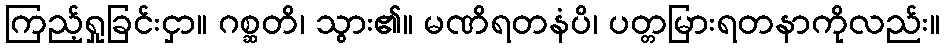
ကြည့်ရှုခြင်းငှာ။ ဂစ္ဆတိ၊ သွား၏။ မဏိရတနံပိ၊ ပတ္တမြားရတနာကိုလည်း။